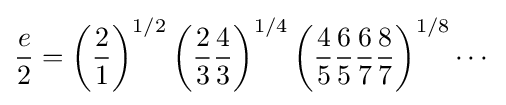
{\frac {e}{2}}=\left({\frac {2}{1}}\right)^{1/2}\left({\frac {2}{3}}{\frac {4}{3}}\right)^{1/4}\left({\frac {4}{5}}{\frac {6}{5}}{\frac {6}{7}}{\frac {8}{7}}\right)^{1/8}\cdots